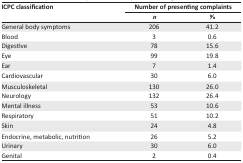
<table><thead><tr><td rowspan="3"><b>ICPC classification</b></td><td colspan="2"><b>Number of presenting complaints</b></td></tr><tr><td><b><i>n</i></b></td><td><b>%</b></td></tr></thead><tbody><tr><td>General body symptoms</td><td>206</td><td>41.2</td></tr><tr><td>Blood</td><td>3</td><td>0.6</td></tr><tr><td>Digestive</td><td>78</td><td>15.6</td></tr><tr><td>Eye</td><td>99</td><td>19.8</td></tr><tr><td>Ear</td><td>7</td><td>1.4</td></tr><tr><td>Cardiovascular</td><td>30</td><td>6.0</td></tr><tr><td>Musculoskeletal</td><td>130</td><td>26.0</td></tr><tr><td>Neurology</td><td>132</td><td>26.4</td></tr><tr><td>Mental illness</td><td>53</td><td>10.6</td></tr><tr><td>Respiratory</td><td>51</td><td>10.2</td></tr><tr><td>Skin</td><td>24</td><td>4.8</td></tr><tr><td>Endocrine, metabolic, nutrition</td><td>26</td><td>5.2</td></tr><tr><td>Urinary</td><td>30</td><td>6.0</td></tr><tr><td>Genital</td><td>2</td><td>0.4</td></tr></tbody></table>